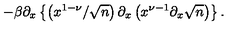
- \beta \partial _ { x } \left\{ \left( x ^ { 1 - \nu } / \sqrt { n } \right) \partial _ { x } \left( x ^ { \nu - 1 } \partial _ { x } \sqrt { n } \right) \right\} .